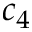
c _ { 4 }